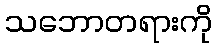
သဘောတရားကို